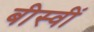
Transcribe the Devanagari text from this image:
बीस्वीं